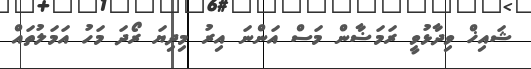
ޝައިޚް ވިދާޅުވީ ރަމަޟާން މަސް އަންނަ އިރު މިދިޔަ ރޯދަ މަހު އަމަލުތައް